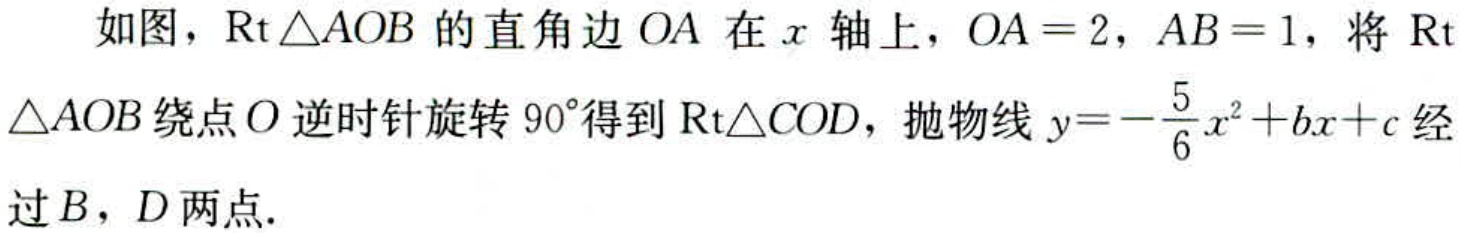
如图，$\text{Rt} \triangle AOB$的直角边$OA$在$x$轴上，$OA = 2$，$AB = 1$，将$\text{Rt} \triangle AOB$绕点$O$逆时针旋转$90^{\circ}$得到$\text{Rt}\triangle COD$，抛物线$y = -\dfrac{5}{6}x^{2}+bx + c$经过$B$，$D$两点.